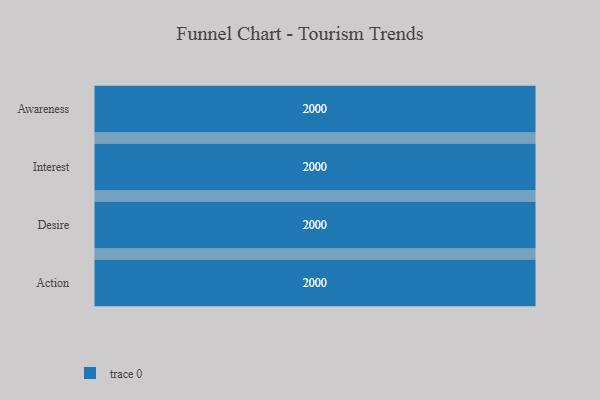
{"axis": {"x": "Stage", "y": "Value"}, "legend": [""], "data": [{"x": "Awareness", "y": 2000, "type": ""}, {"x": "Interest", "y": 2000, "type": ""}, {"x": "Desire", "y": 2000, "type": ""}, {"x": "Action", "y": 2000, "type": ""}]}